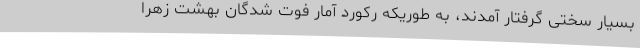
بسیار سختی گرفتار آمدند، به طوریکه رکورد آمار فوت شدگان بهشت زهرا